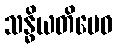
သန္ဓိယတိမေဝ